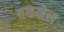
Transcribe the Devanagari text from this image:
तकमेल